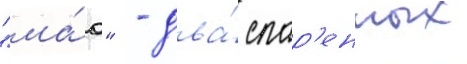
"ма́ю" - два́ спар'енных